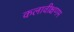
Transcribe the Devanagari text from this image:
कलावीक्षणम